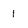
Character: 1